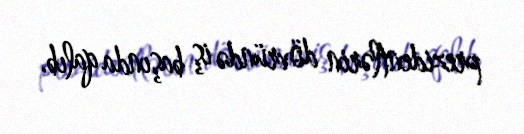
prezidentlərin dövründə iş başında qalıb.